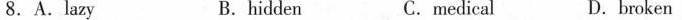
8. A. Lazy B. hidden C. medical D. broken